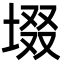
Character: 㙍